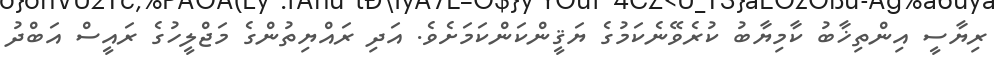
ރިޔާސީ އިންތިޚާބު ކާމިޔާބު ކުރެވޭނެކަމުގެ ޔަޤީންކަންކަމަށެވެ. އަދި ރައްޔިތުންގެ މަޖްލީހުގެ ރައީސް އަބްދު